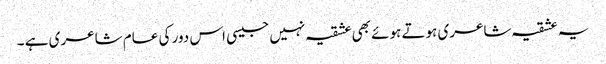
یہ عشقیہ شاعری ہوتے ہوئے بھی عشقیہ نہیں جیسی اس دور کی عام شاعری ہے ۔